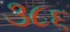
૩૮૬